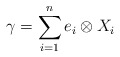
\begin{align*}\gamma = \sum_{i=1}^n e_i \otimes X_i\end{align*}